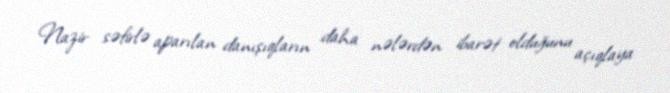
Nazir səfirlə aparılan danışıqların daha nələrdən ibarət olduğunu açıqlaya